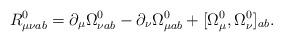
\begin{align*}R_{\mu\nu ab}^{0}=\partial_{\mu}\Omega^{0}_{\nu ab}-\partial_{\nu}\Omega^{0}_{\mu ab}+[\Omega^{0}_{\mu},\Omega^{0}_{\nu}]_{ab}.\end{align*}